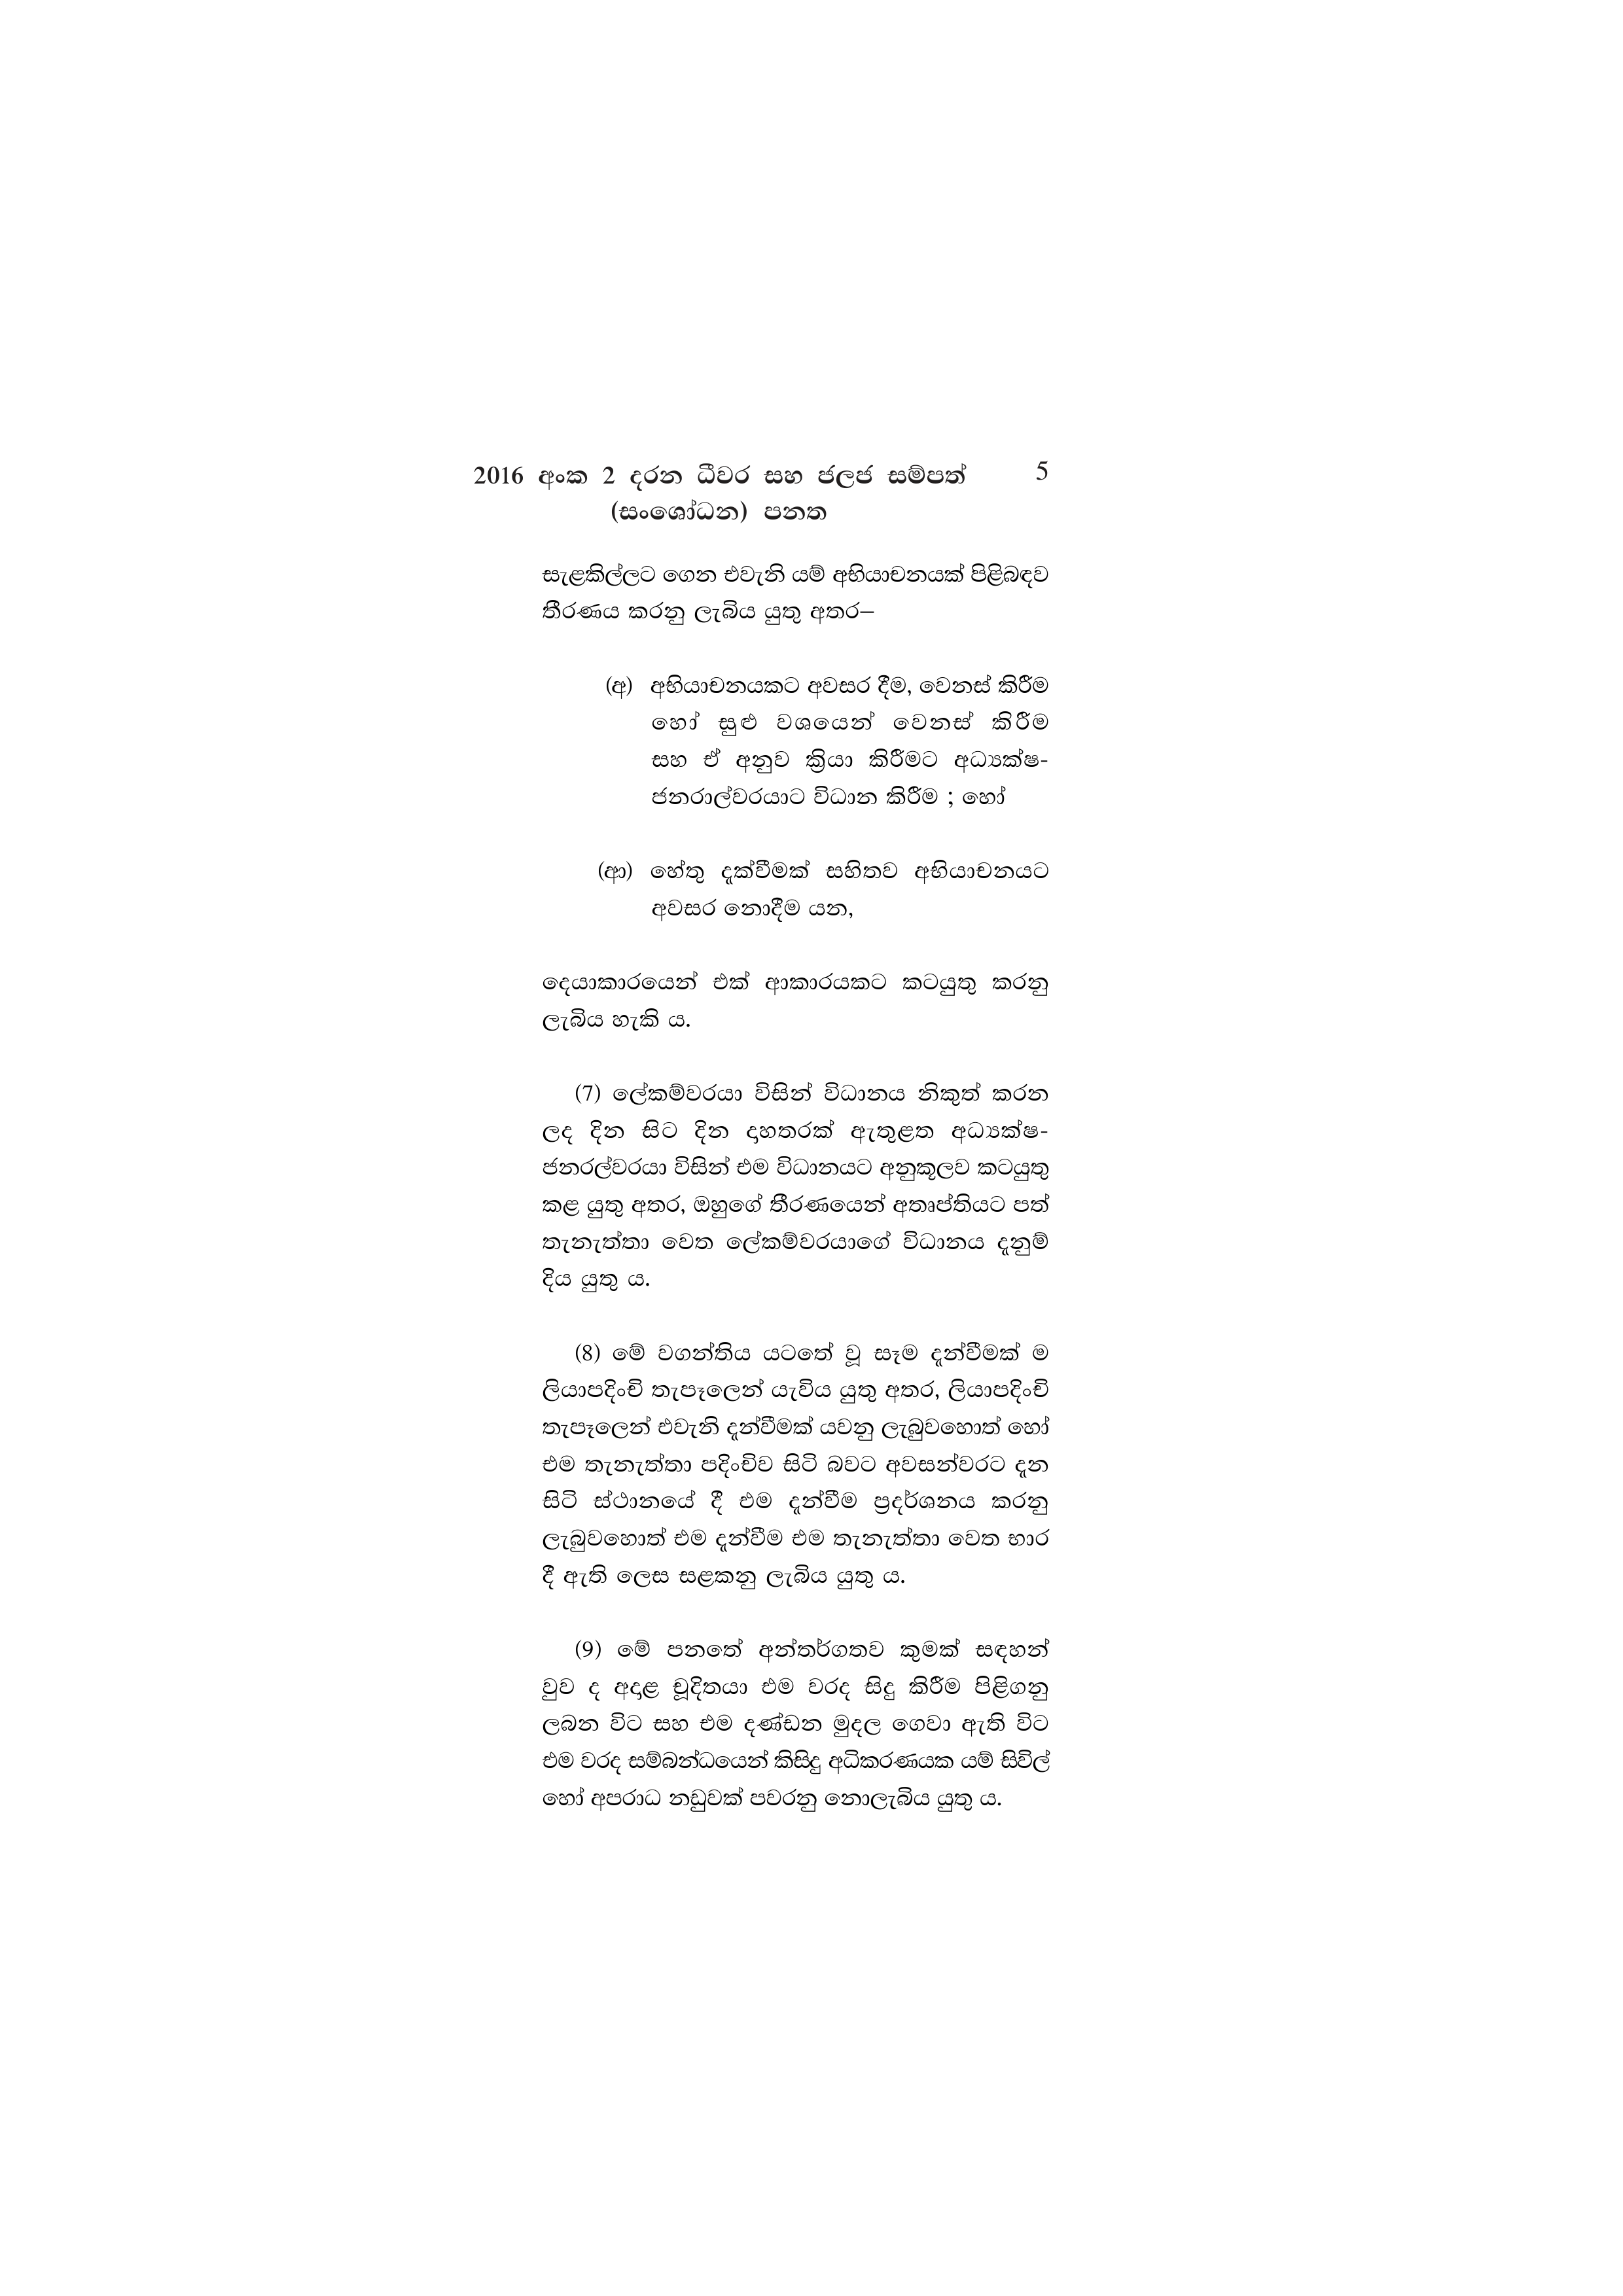
2016 අංක 2 දරන ධීවර සහ ජලජ සම්පත් 5
(සංශෝධන) පනත

සැළකිල්ලට ගෙන එවැනි යම් අභියාචනයක් පිළිබඳව
තීරණය කරනු ලැබිය යුතු අතර—

(අ) අභියාචනයකට අවසර දීම, වෙනස් කිරීම
හෝ සුළු වශයෙන් __ වෙනස් කිරීම
සහ ඒ අනුව ක්‍රියා කිරීමට අධ්‍යක්ෂ-
ජනරාල්වරයාට විධාන කිරීම ; හෝ

(ආ) හේතු දැක්වීමක් සහිතව අභියාචනයට
අවසර නොදීම යන,

දෙයාකාරයෙන් එක් ආකාරයකට කටයුතු කරනු
ලැබිය හැකි ය.

(7) ලේකම්වරයා විසින් විධානය නිකුත් කරන
ලද දින සිට දින දාහතරක් ඇතුළත අධ්‍යක්ෂ-
ජනරල්වරයා විසින් එම විධානයට අනුකූලව කටයුතු
කළ යුතු අතර, ඔහුගේ තීරණයෙන් අතෘප්තියට පත්
තැනැත්තා වෙත ලේකම්වරයාගේ විධානය දැනුම්
දිය යුතු ය.

(8) මේ වගන්තිය යටතේ වූ සෑම දැන්වීමක් ම
ලියාපදිංචි තැපෑලෙන් යැවිය යුතු අතර, ලියාපදිංචි
තැපෑලෙන් එවැනි දැන්වීමක් යවනු ලැබුවහොත් හෝ
එම තැනැත්තා පදිංචිව සිටි බවට අවසන්වරට දැන
සිටි ස්ථානයේ දී එම දැන්වීම ප්‍රදර්ශනය කරනු
ලැබුවහොත් එම දැන්වීම එම තැනැත්තා වෙත භාර
දී ඇති ලෙස සළකනු ලැබිය යුතු ය.

(9) මේ පනත්තේ අන්තර්ගතව කුමක් සඳහන්
වුව ද අදාළ චූදිතයා එම වරද සිදු කිරීම පිළිගනු
ලබන විට සහ එම දණ්ඩන මුදල ගෙවා ඇති විට
එම වරද සම්බන්ධයෙන් කිසිදු අධිකරණයක යම් සිවිල්
හෝ අපරාධ නඩුවක් පවරනු නොලැබිය යුතු ය.